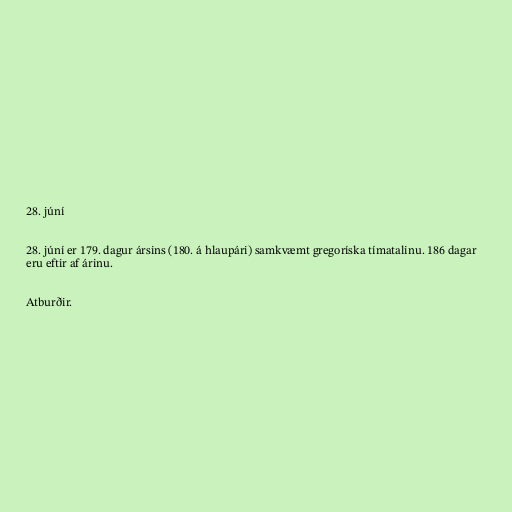
28. júní

28. júní er 179. dagur ársins (180. á hlaupári) samkvæmt gregoríska tímatalinu. 186 dagar
eru eftir af árinu.

Atburðir.